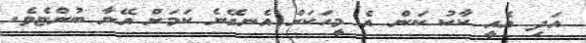
އަދި އެއީ ކާކު ކަން އެ މީހަކަށް އެނގޭނެ ކަމަށް އޭނާ ބުންޏެވެ.